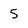
Character: 5